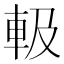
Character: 𨋃